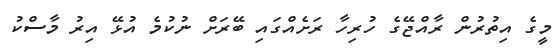
މީގެ އިތުރުން ރާއްޖޭގެ ހުރިހާ ރަށެއްގައި ބޭރަށް ނުކުމެ އުޅޭ އިރު މާސްކު